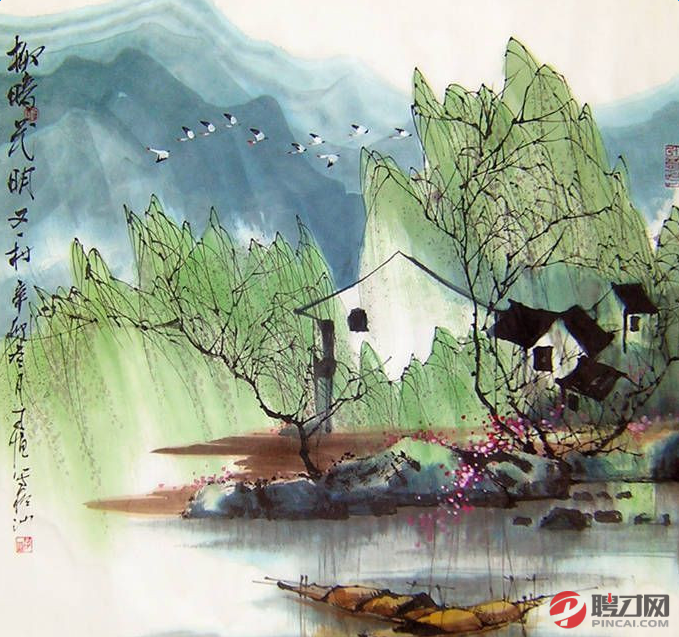
从今若许闲乘月，拄杖无时夜叩门。